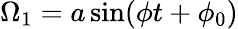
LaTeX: \Omega_{1}=a\sin(\phi t+\phi_{0})